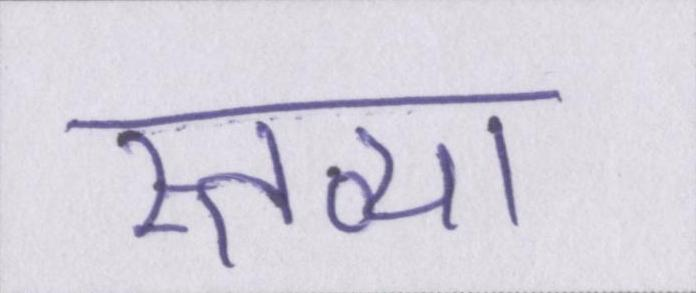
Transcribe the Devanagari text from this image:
स्तव्या